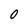
Character: 0